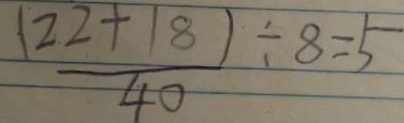
( \frac { 2 2 + 1 8 } { 4 0 } ) \div 8 = 5